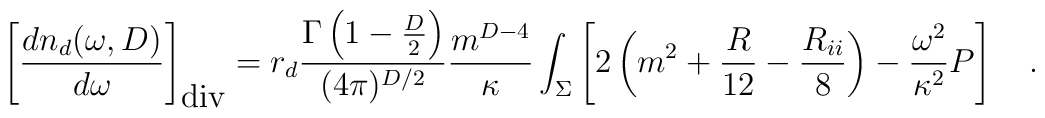
\left[{dn_d(\omega,D) \over d\omega}\right]_{\mbox{div}}=r_d{\Gamma\left(1-\frac D2\right) \over (4\pi)^{D/2}} {m^{D-4} \over \kappa} \int_{\Sigma}\left[2\left(m^2+{R\over 12} -{R_{ii} \over 8}\right)-{\omega^2 \over \kappa^2}P\right]~~~.